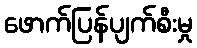
ဖောက်ပြန်ပျက်စီးမှု